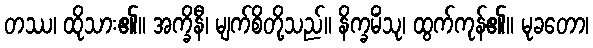
တဿ၊ ထိုသား၏။ အက္ခိနီ၊ မျက်စိတို့သည်။ နိက္ခမိံသု၊ ထွက်ကုန်၏။ မုခတော၊